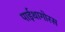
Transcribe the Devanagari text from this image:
पाईथागोरस